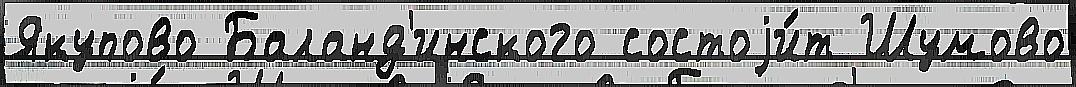
Якупово Баланд'инского состоjи́т Шумово